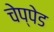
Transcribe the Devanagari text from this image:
चेप्पेड